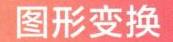
图形变换